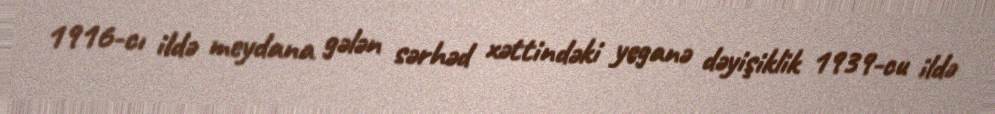
1916-cı ildə meydana gələn sərhəd xəttindəki yeganə dəyişiklik 1939-cu ildə